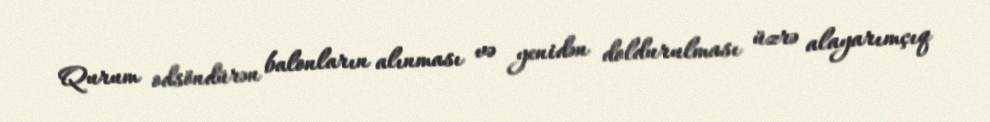
Qurum odsöndürən balonların alınması və yenidən doldurulması üzrə alayarımçıq